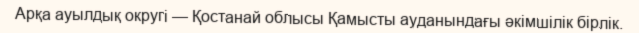
Арқа ауылдық округі — Қостанай облысы Қамысты ауданындағы әкімшілік бірлік.